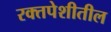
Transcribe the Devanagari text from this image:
रक्तपेशीतील